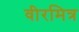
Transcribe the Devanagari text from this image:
वीरमित्र